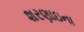
શરણાઇના